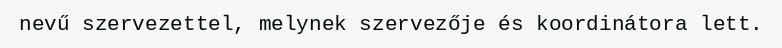
nevű szervezettel, melynek szervezője és koordinátora lett.